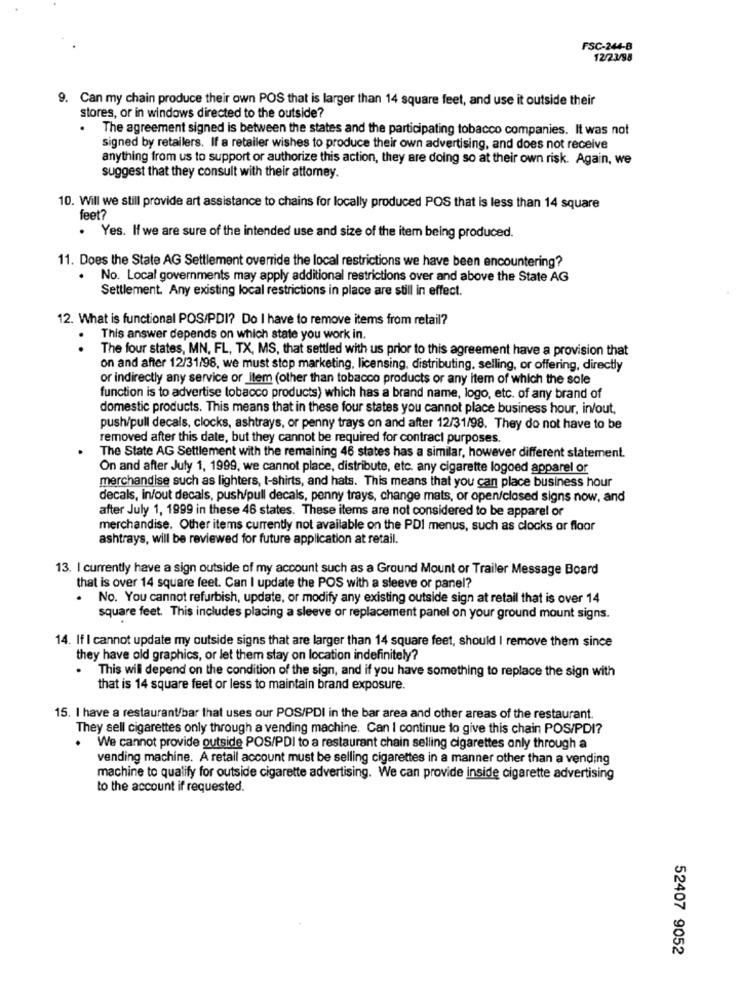
FSC-244-8
12/23/98
9. Can my chain produce their own POS that is larger than 14 square feet, and use it outside their
stores, or in windows directed to the outside?
The agreement signed is between the states and the participating tobacco companies. It was not
signed by retailers. If a retailer wishes to produce their own advertising, and does not receive
anything from us to support or authorize this action, they are doing so at their own risk. Again, we
suggest that they consult with their attomey.
10. Will we still provide art assistance to chains for locally produced POS that is less than 14 square
feet?
. Yes. If we are sure of the intended use and size of the item being produced.
11. Does the State AG Settlement override the local restrictions we have been encountering?
No. Local governments may apply additional restrictions over and above the State AG
Settlement. Any existing local restrictions in place are still in effect.
12. What is functional POS/PDI? Do I have to remove items from retail?
This answer depends on which state you work in.
The four states, MN, FL, TX, MS, that settled with us prior to this agreement have a provision that
on and after 12/31/98, we must stop marketing, licensing, distributing, selling, or offering, directly
or indirectly any service or Item (other than tobacco products or any item of which the sole
function is to advertise tobacco products) which has a brand name, logo, etc. of any brand of
domestic products. This means that in these four states you cannot place business hour, in/out,
push/pull decals, clocks, ashtrays, or penny trays on and after 12/31/98. They do not have to be
removed after this date, but they cannot be required for contract purposes.
The State AG Settlement with the remaining 46 states has a similar, however different statement.
On and after July 1, 1999, we cannot place, distribute, etc. any cigarette logoed apparel or
merchandise such as lighters, t-shirts, and hats. This means that you can place business hour
decals, in/out decals, push/pull decals, penny trays, change mats, or open/closed signs now, and
after July 1, 1999 in these 46 states. These items are not considered to be apparel or
merchandise. Other items currently not available on the PDI menus, such as clocks or floor
ashtrays, will be reviewed for future application at retail.
13. I currently have a sign outside of my account such as a Ground Mount or Trailer Message Board
that is over 14 square feet. Can I update the POS with a sleeve or panel?
. No. You cannot refurbish, update, or modify any existing outside sign at retail that is over 14
square feet. This includes placing a sleeve or replacement panel on your ground mount signs.
14. If I cannot update my outside signs that are larger than 14 square feet, should I remove them since
they have old graphics, or let them stay on location indefinitely?
This will depend on the condition of the sign, and if you have something to replace the sign with
that is 14 square feet or less to maintain brand exposure.
15. I have a restaurant/bar that uses our POS/PDI in the bar area and other areas of the restaurant.
They sell cigarettes only through a vending machine. Can I continue to give this chain POS/PDI?
. We cannot provide outside POS/PDI to a restaurant chain selling cigarettes only through a
vending machine. A retail account must be selling cigarettes in a manner other than a vending
machine to qualify for outside cigarette advertising. We can provide inside cigarette advertising
to the account if requested.
52407 9052